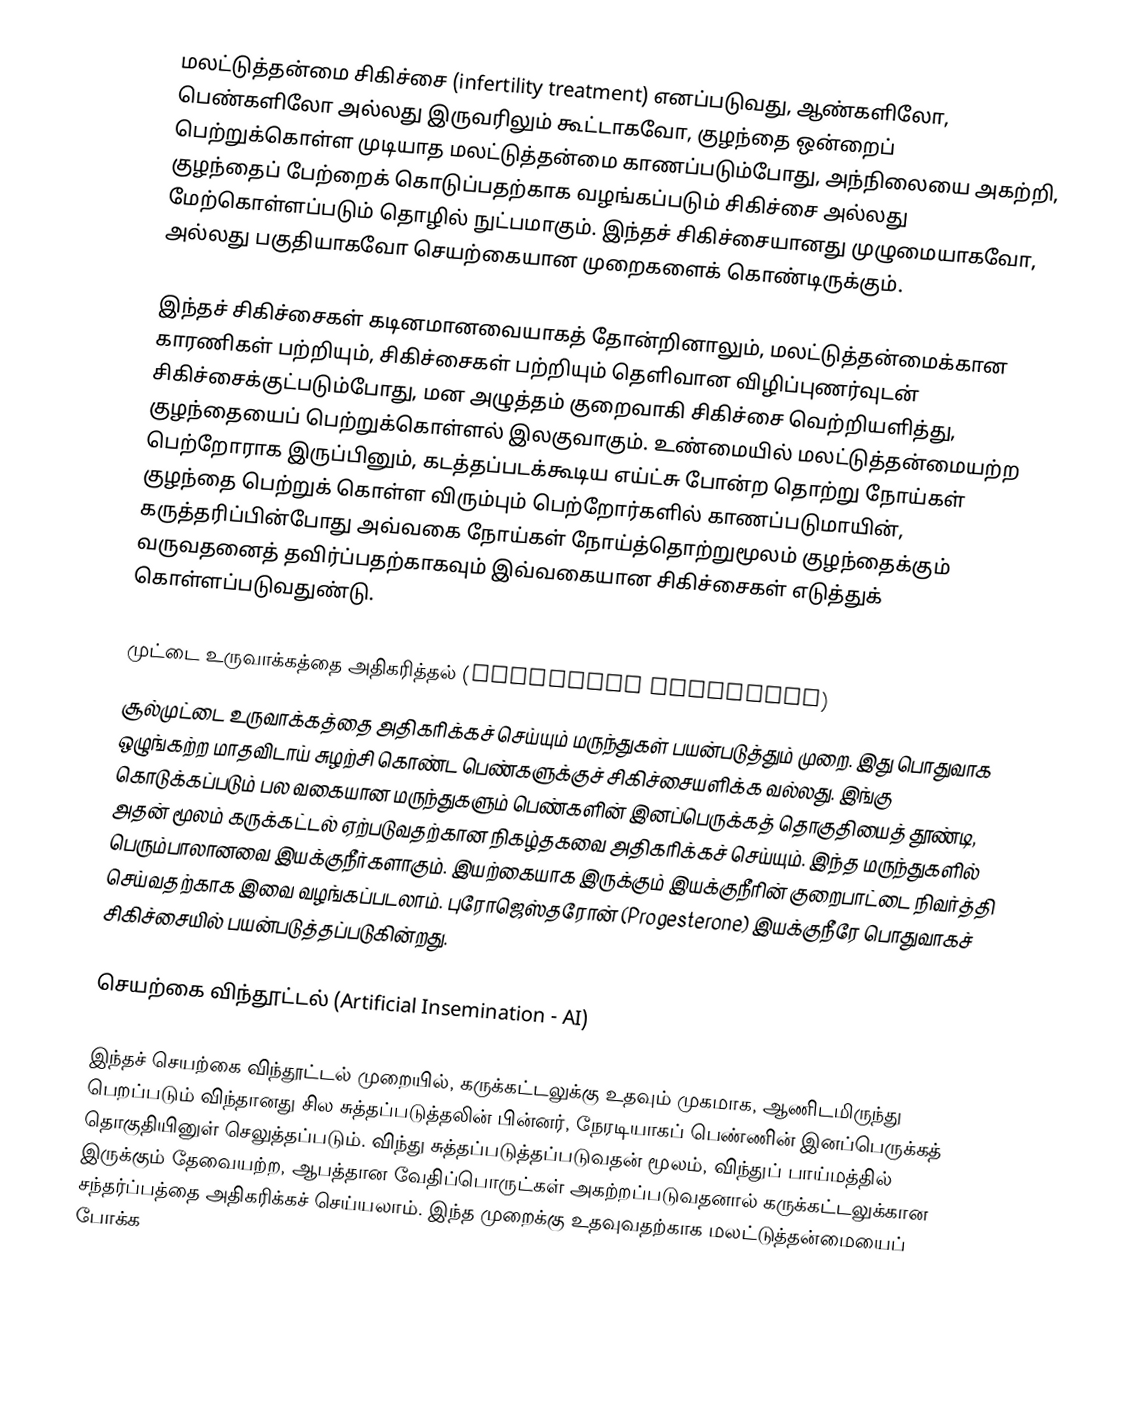
மலட்டுத்தன்மை சிகிச்சை (infertility treatment) எனப்படுவது, ஆண்களிலோ, பெண்களிலோ அல்லது இருவரிலும் கூட்டாகவோ, குழந்தை ஒன்றைப் பெற்றுக்கொள்ள முடியாத மலட்டுத்தன்மை காணப்படும்போது, அந்நிலையை அகற்றி, குழந்தைப் பேற்றைக் கொடுப்பதற்காக வழங்கப்படும் சிகிச்சை அல்லது மேற்கொள்ளப்படும் தொழில் நுட்பமாகும். இந்தச் சிகிச்சையானது முழுமையாகவோ, அல்லது பகுதியாகவோ செயற்கையான முறைகளைக் கொண்டிருக்கும்.

இந்தச் சிகிச்சைகள் கடினமானவையாகத் தோன்றினாலும், மலட்டுத்தன்மைக்கான காரணிகள் பற்றியும், சிகிச்சைகள் பற்றியும் தெளிவான விழிப்புணர்வுடன் சிகிச்சைக்குட்படும்போது, மன அழுத்தம்  குறைவாகி சிகிச்சை வெற்றியளித்து, குழந்தையைப் பெற்றுக்கொள்ளல் இலகுவாகும். உண்மையில் மலட்டுத்தன்மையற்ற பெற்றோராக இருப்பினும், கடத்தப்படக்கூடிய எய்ட்சு போன்ற தொற்று நோய்கள் குழந்தை பெற்றுக் கொள்ள விரும்பும் பெற்றோர்களில் காணப்படுமாயின், கருத்தரிப்பின்போது அவ்வகை நோய்கள் நோய்த்தொற்றுமூலம் குழந்தைக்கும் வருவதனைத் தவிர்ப்பதற்காகவும் இவ்வகையான சிகிச்சைகள் எடுத்துக் கொள்ளப்படுவதுண்டு.

முட்டை உருவாக்கத்தை அதிகரித்தல் (Ovulation Induction)
சூல்முட்டை உருவாக்கத்தை அதிகரிக்கச் செய்யும் மருந்துகள் பயன்படுத்தும் முறை. இது பொதுவாக ஒழுங்கற்ற மாதவிடாய் சுழற்சி கொண்ட பெண்களுக்குச் சிகிச்சையளிக்க வல்லது. இங்கு கொடுக்கப்படும் பல வகையான மருந்துகளும் பெண்களின் இனப்பெருக்கத் தொகுதியைத் தூண்டி, அதன் மூலம் கருக்கட்டல் ஏற்படுவதற்கான நிகழ்தகவை அதிகரிக்கச் செய்யும். இந்த மருந்துகளில் பெரும்பாலானவை இயக்குநீர்களாகும். இயற்கையாக இருக்கும் இயக்குநீரின் குறைபாட்டை நிவர்த்தி செய்வதற்காக இவை வழங்கப்படலாம். புரோஜெஸ்தரோன் (Progesterone) இயக்குநீரே பொதுவாகச் சிகிச்சையில் பயன்படுத்தப்படுகின்றது.

செயற்கை விந்தூட்டல் (Artificial Insemination - AI)

இந்தச் செயற்கை விந்தூட்டல் முறையில், கருக்கட்டலுக்கு உதவும் முகமாக, ஆணிடமிருந்து பெறப்படும் விந்தானது சில சுத்தப்படுத்தலின் பின்னர், நேரடியாகப் பெண்ணின் இனப்பெருக்கத் தொகுதியினுள் செலுத்தப்படும். விந்து சுத்தப்படுத்தப்படுவதன் மூலம், விந்துப் பாய்மத்தில் இருக்கும் தேவையற்ற, ஆபத்தான வேதிப்பொருட்கள் அகற்றப்படுவதனால் கருக்கட்டலுக்கான சந்தர்ப்பத்தை அதிகரிக்கச் செய்யலாம். இந்த முறைக்கு உதவுவதற்காக மலட்டுத்தன்மையைப் போக்க